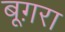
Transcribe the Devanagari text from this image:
बूग़रा